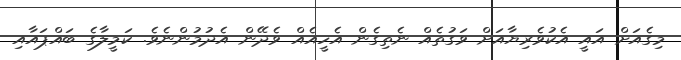
މިގެއަށް އައީ އެކުވެރިޔާއަށް ވަގުތެއް ނެތިގެން އެހީއެއް ވެދޭން އެދުމުންނެވެ. ކަމީލާގެ ބައްޕައާއި